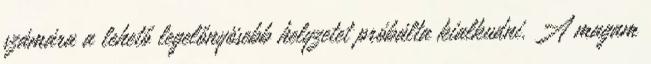
számára a lehető legelőnyösebb helyzetet próbálta kialkudni. A magam